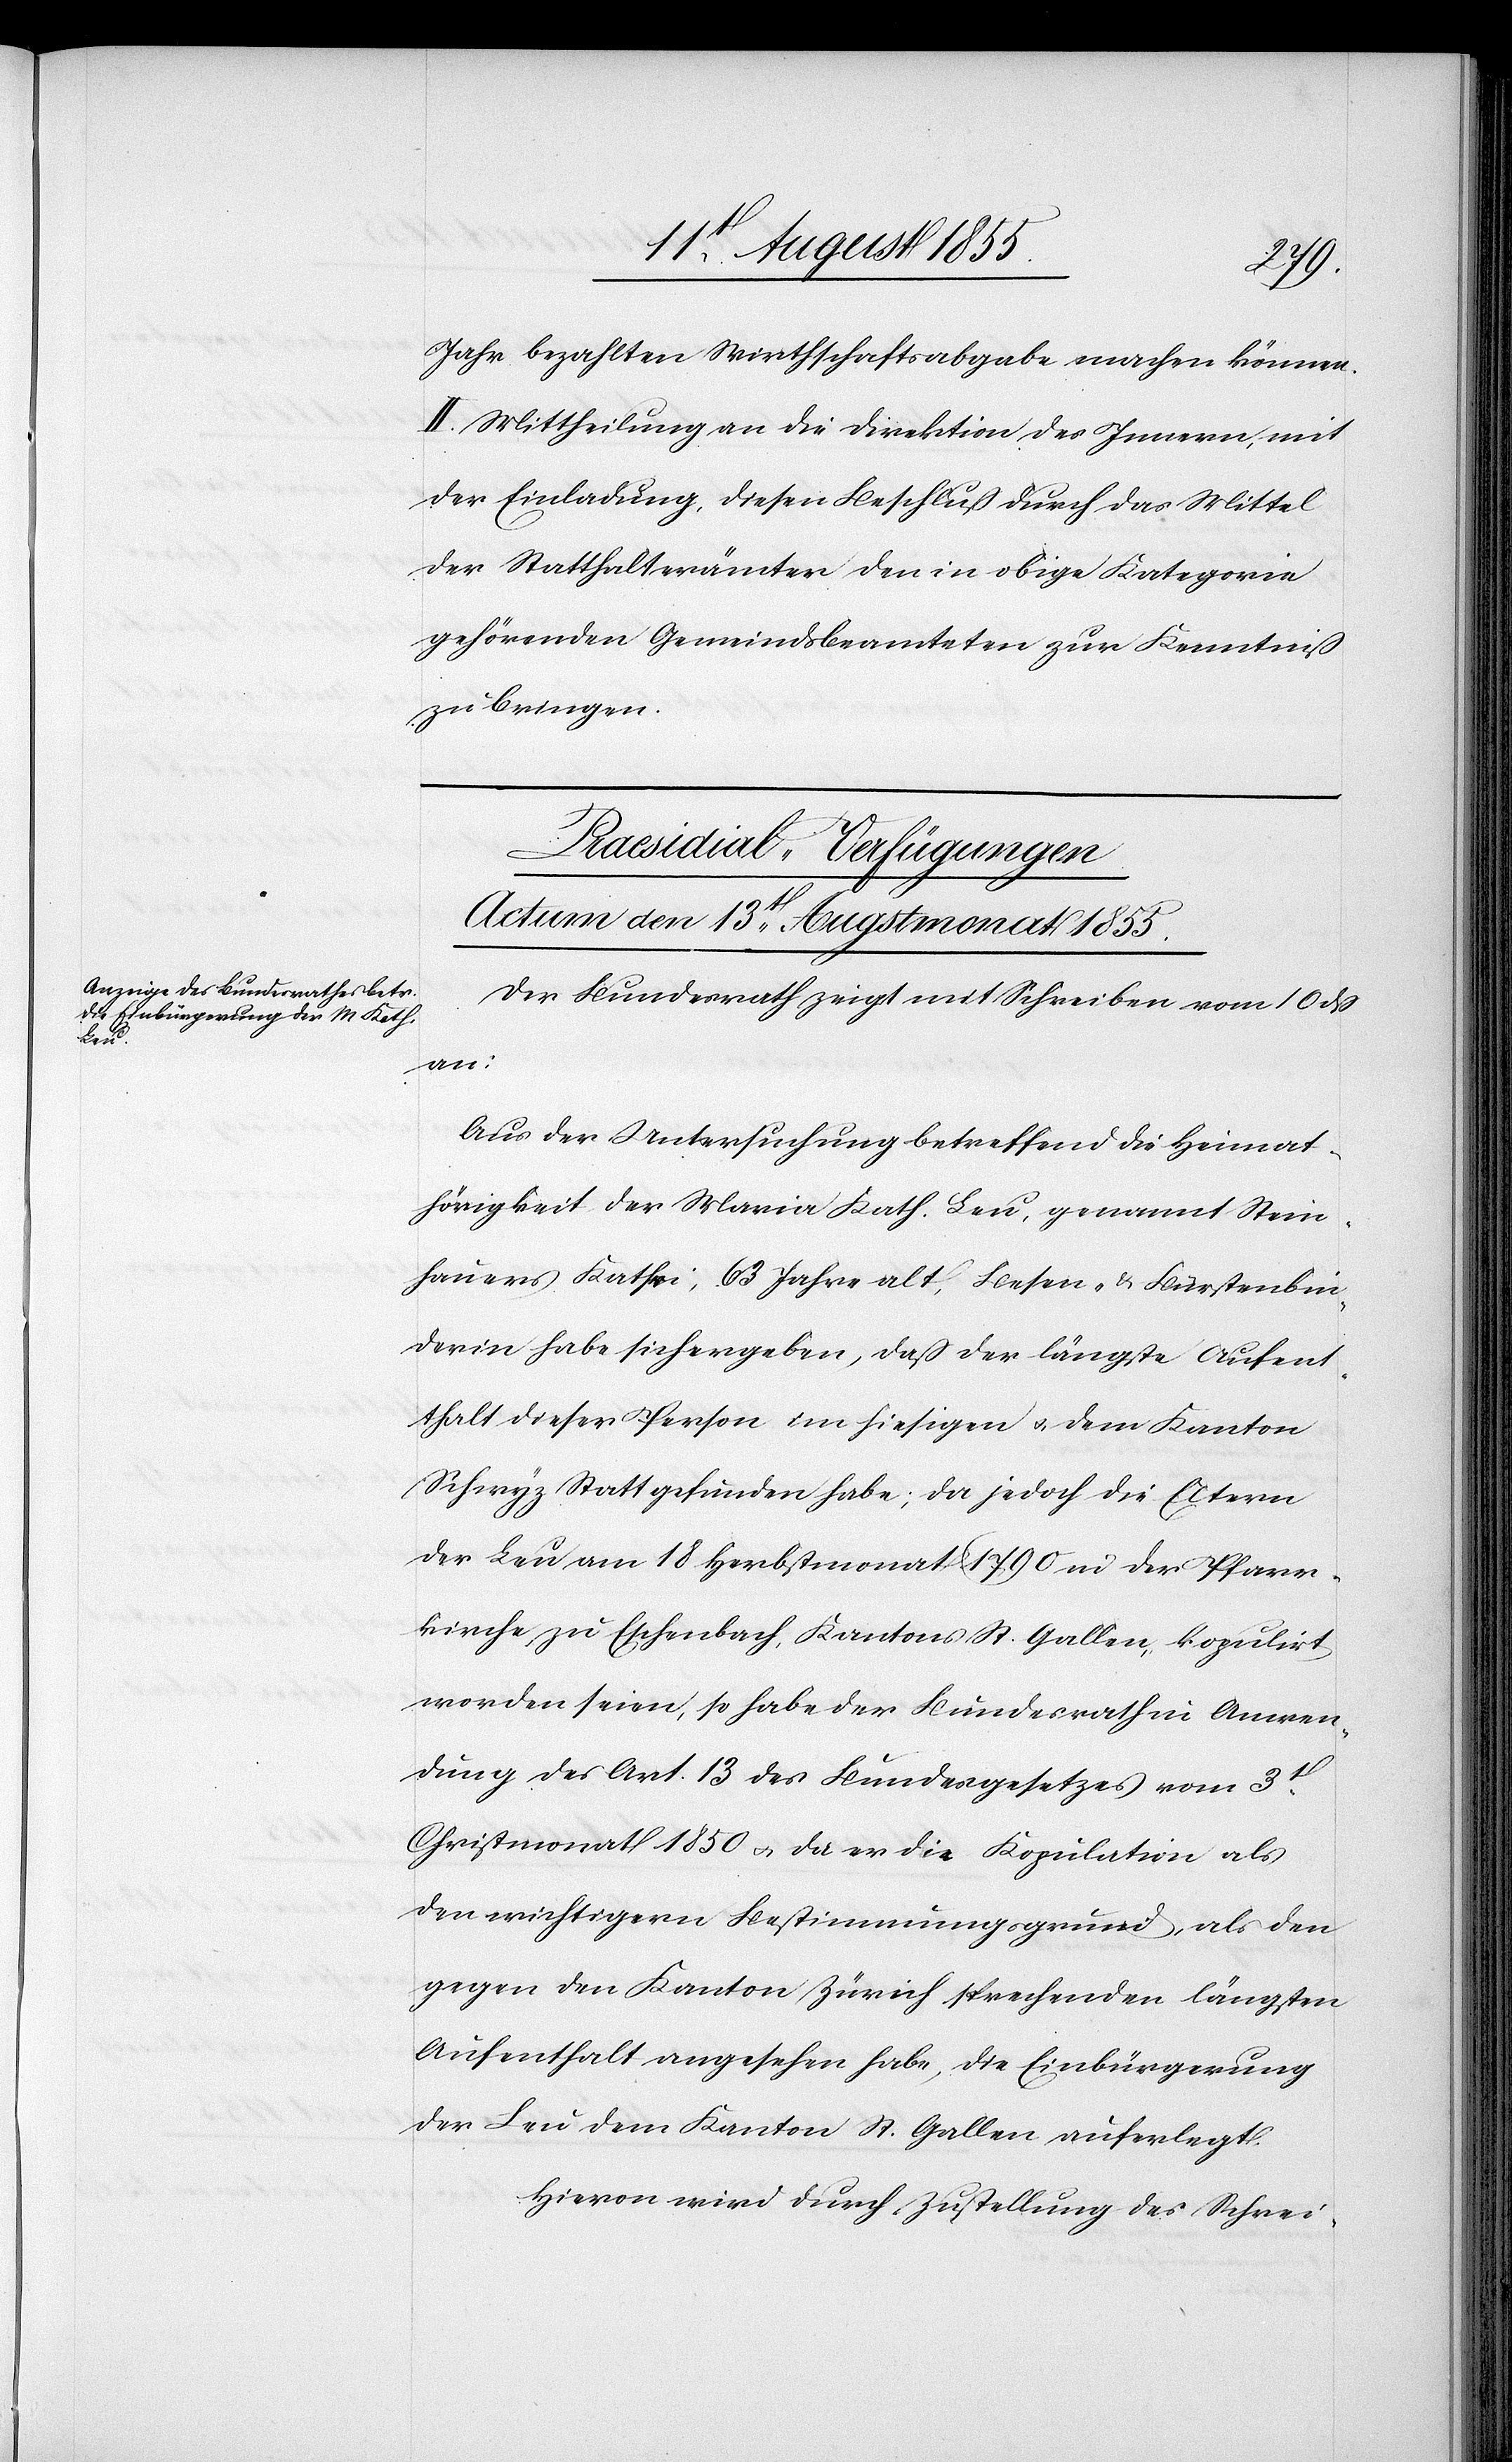
dem K¬

Jahr bezahlten Wirthschaftsabgabe machen können.
II. Mittheilung an die Direktion des Innern, mit
der Einladung, diesen Beschluß durch das Mittel
der Statthalterämter den in obige Kategorie
gehörenden Gemeindsbeamteten zur Kenntniß
zu bringen.
Praesidial-Verfügungen
Actum den 13t Augstmonat 1855.
Der Bundesrath zeigt mit Schreiben vom 10 dß
anton
Aus der Untersuchung betreffend die Heimat¬
hörigkeit der Maria Kath. Leu, genannt Stein¬
hauers Kath[?r]i, 63 Jahre alt, Besen- & Bürstenbin¬
derin habe sich ergeben, daß der längste Aufent¬
Schwyz Statt gefunden habe; da jedoch die Eltern
der Leu am 18 Herbstmonat 1790 in der Pfarr¬
kirche zu Eschenbach, Kantons St. Gallen, kopulirt
worden seien, so habe der Bundesrath in Anwen¬
dung des Art. 13 des Bundesgesetzes vom 3t.
Christmonat 1850 & da er die Kopulation als
den wichtigern Bestimmungsgrund, als den
gegen den Kanton Zürich sprechenden längsten
Aufenthalt angesehen habe, die Einbürgerung
der Leu dem Kanton St. Gallen auferlegt.
Hievon wird durch Zustellung des Schrei-